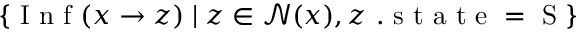
\{ \mathrm { ~ I ~ n ~ f ~ } ( x \to z ) \; | \; z \in \mathcal { N } ( x ) , z \mathrm { ~ . ~ s ~ t ~ a ~ t ~ e ~ = ~ S ~ } \}